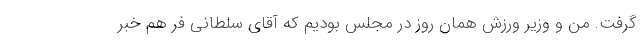
گرفت. من و وزیر ورزش همان روز در مجلس بودیم که آقای سلطانی فر هم خبر